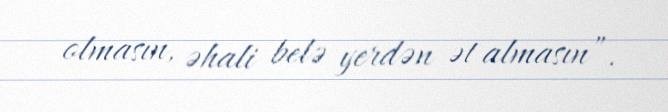
olmasın, əhali belə yerdən ət almasın”.